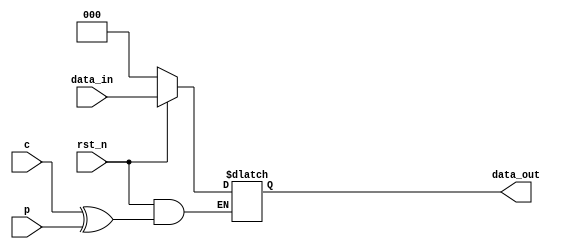
`timescale 1ns / 1ps
//////////////////////////////////////////////////////////////////////////////////
// Company: 
// Engineer: 
// 
// Design Name: 
// Module Name: cp_latch
// Project Name: 
// Target Devices: 
// Tool Versions: 
// Description: 
// 
// Dependencies: 
// 
// Revision:
// Revision 0.01 - File Created
// Additional Comments:
// 
//////////////////////////////////////////////////////////////////////////////////


module cp_latch(
    c,
    p,
    data_in,
    rst_n,
    data_out
    );
    parameter data_width=3;
    input c;
    input p;
    input [data_width-1:0]data_in;
    input rst_n;
    output reg [data_width-1:0] data_out;
    
    always@(*)
    begin
        if(!rst_n)
            data_out <= 3'b000;
        else
        begin
//            #5;
            data_out = (c^p)?data_out:data_in;
        end
    end
endmodule